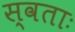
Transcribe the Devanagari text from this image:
स्वताः